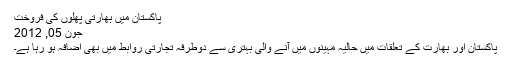
پاکستان میں بھارتی پھلوں کی فروخت
جون 05, 2012
پاکستان اور بھارت کے تعلقات میں حالیہ مہینوں میں آنے والی بہتری سے دوطرفہ تجارتی روابط میں بھی اضافہ ہو رہا ہے۔